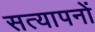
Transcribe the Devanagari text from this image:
सत्यापनों